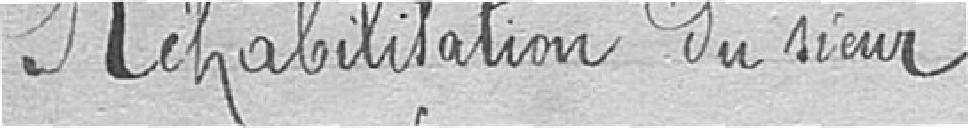
Réhabilitation du sieur